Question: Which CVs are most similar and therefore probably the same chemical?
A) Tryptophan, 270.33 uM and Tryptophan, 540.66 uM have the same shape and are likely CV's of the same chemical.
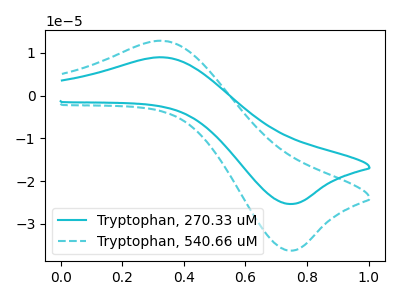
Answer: <think>The cyan curve "Tryptophan, 270.33 uM" has an anodic peak at (0.35V, 8.95uA) and a cathodic peak at (0.75V, -25.30uA). The cyan dashed curve "Tryptophan, 540.66 uM" has an anodic peak at (0.35V, 12.80uA) and a cathodic peak at (0.75V, -36.20uA).
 All the peaks in "Tryptophan, 270.33 uM" have a peak in "Tryptophan, 540.66 uM" at the same potential. Every peak in "Tryptophan, 270.33 uM" is lower than every peak in "Tryptophan, 540.66 uM".</think>
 <answer>A) "Tryptophan, 270.33 uM" and "Tryptophan, 540.66 uM" have the same shape and are likely CV's of the same chemical.</answer>
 <eval>A</eval>